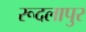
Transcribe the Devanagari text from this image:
रूदलापुर